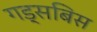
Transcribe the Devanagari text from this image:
गड्सबिस